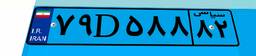
۲۳D۲۶۰۶۷